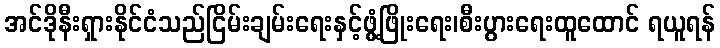
အင်ဒိုနီးရှားနိုင်ငံသည်ငြိမ်းချမ်းရေးနှင့်ဖွံ့ဖြိုးရေး၊စီးပွားရေးထူထောင် ရယူရန်